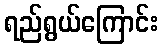
ရည်ရွယ်ကြောင်း